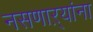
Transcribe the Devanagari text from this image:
नसणाऱ्यांना